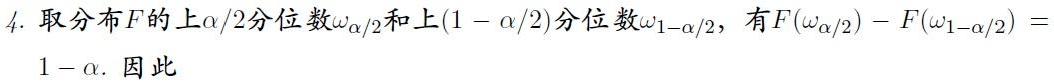
4. 取分布$F$的上$\alpha/2$分位数$\omega_{\alpha/2}$和上$(1 - \alpha/2)$分位数$\omega_{1-\alpha/2}$，有$F(\omega_{\alpha/2}) - F(\omega_{1-\alpha/2}) = 1 - \alpha$. 因此